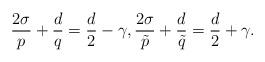
LaTeX: \begin{align*} \frac{2\sigma}{p}+\frac{d}{q}=\frac{d}{2}-\gamma, \frac{2\sigma}{\tilde{p}}+\frac{d}{\tilde{q}}=\frac{d}{2}+\gamma.\end{align*}